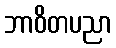
ဘာဝိတပညာ